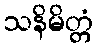
သနိမိတ္တံ